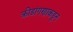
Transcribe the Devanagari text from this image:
क्रीडांगणाकडून